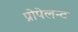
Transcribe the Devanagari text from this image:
प्रोपेलन्ट